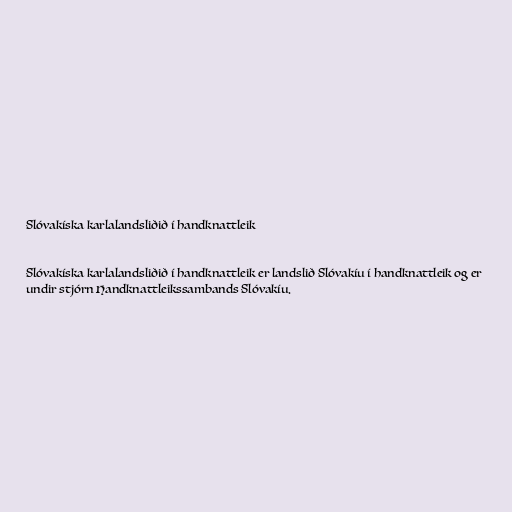
Slóvakíska karlalandsliðið í handknattleik

Slóvakíska karlalandsliðið í handknattleik er landslið Slóvakíu í handknattleik og er
undir stjórn Handknattleikssambands Slóvakíu.